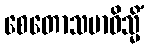
စေတောသမာဓိသ္မိံ